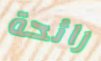
رائحة